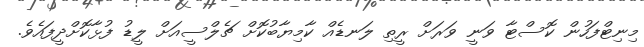
މިނިޓްފަހުން ކޮސްޓާ ވަނީ ވަރަށް ރީތި ލަނޑެއް ކާމިޔާބުކޮށް ޗެލްސީއަށް ލީޑު ފުޅާކޮށްދީފައެވެ.